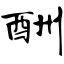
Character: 酬